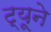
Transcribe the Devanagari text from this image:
ट्यूने